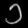
Digit: ၁